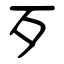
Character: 歹